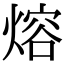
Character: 熔